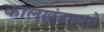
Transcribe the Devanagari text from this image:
कालखंडावरचे